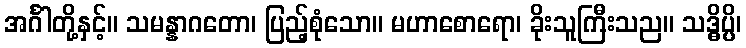
အင်္ဂါတို့နှင့်။ သမန္နာဂတော၊ ပြည့်စုံသော။ မဟာစောရော၊ ခိုးသူကြီးသည။ သဒ္ဓိပ္ပိ၊